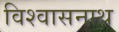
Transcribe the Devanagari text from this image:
विश्वासनाथ